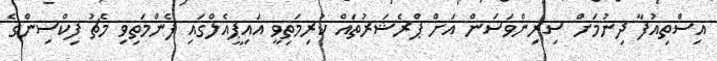
އިސްތިއުފާ ދިނުމަށް ސިރިންވަސަން އަށް ޕްރެޝަރުތައް ކުރިމަތިވީ އައިޕީއެލްގައި ފެންމަތިވި މެޗު ފިކްސިންގެ